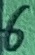
Text: 6